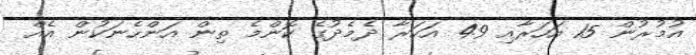
އުމުރުން 15 އަހަރާއި 49 އަހަރާ ދެމެދުގެ ކޮންމެ ތިން އަންހެނަކުން އެއް